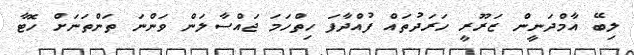
ލިބޭ އާމްދަނީން ޒަރޫރީ ހަރަދުތައް ފުއްދާފަ ހިތްހަމަ ޖައްސާލަން ވަންނަ ތަންތަނަށް ހޮޓާ